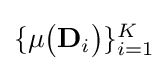
{\textstyle \{\mu {\big (}\mathbf {D} _{i}{\big )}\}_{i=1}^{K}}